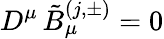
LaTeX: D^{\mu}\, {\tilde{B}}_{\mu}^{(j,\pm)}=0